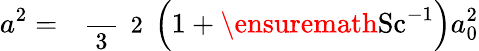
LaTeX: a^{2}=\mathrm{~\small~\displaystyle~\frac~{~3~}~{~2~}~}\Bigl(1+\ensuremath{\mathrm{Sc}}^{-1}\Bigr)a_{0}^{2}